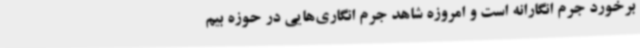
برخورد جرم انگارانه است و امروزه شاهد جرم انگاری‌هایی در حوزه بیم